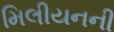
મિલીયનની